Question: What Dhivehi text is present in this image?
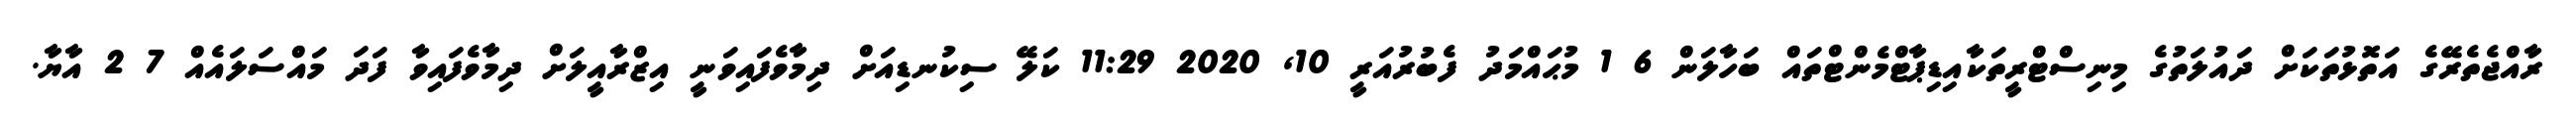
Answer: ރާއްޖެތެރޭގެ އަތޮޅުތަކަށް ދައުލަތުގެ މިނިސްޓްރީތަކާއިޑިޕާޓްމެންޓްތައް ބަހާލަން 6 1 މުޙައްމަދު ފެބުރުއަރީ 10, 2020 11:29 ކަލޭ ސިކުނޑިއަށް ދިމާވެފައިވަނީ އިޒްރާއީލަށް ދިމާވެފައިވާ ފަދަ މައްސަލައެއް 7 2 އާޔާ.